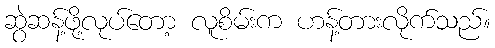
ဆွဲဆန့်ဖို့လုပ်တော့ လူစိမ်းက ဟန့်တားလိုက်သည်။